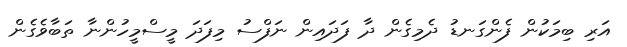
އަރި ބިމަކުން ފެންގަނޑު ދެމިގެން ދާ ފަދައިން ނަފްސު މިފަދަ މީސްމީހުންނާ ތަބާވެގެން